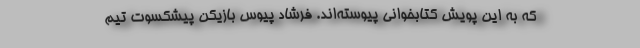
که به این پویش کتابخوانی پیوسته‌اند. فرشاد پیوس بازیکن پیشکسوت تیم